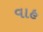
વાહ